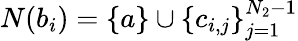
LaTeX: N(b_{i})=\left\{ a\right\} \cup\left\{ c_{i,j}\right\} _{j=1}^{N_{2}-1}